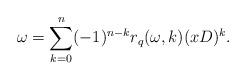
LaTeX: \begin{align*}\omega=\sum_{k=0}^{n} (-1)^{n-k} r_q(\omega,k) (xD)^{k}.\end{align*}